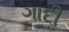
ગાદીૢ